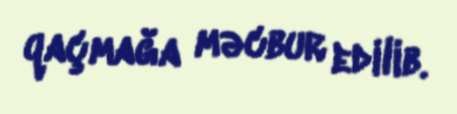
qaçmağa məcbur edilib.